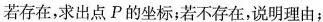
若存在，求出点P的坐标；若不存在，说明理由；